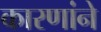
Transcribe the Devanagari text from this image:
कारणांने